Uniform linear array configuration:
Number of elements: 8
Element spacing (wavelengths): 0.75
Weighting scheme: blackman
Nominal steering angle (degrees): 60
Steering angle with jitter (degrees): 60.32
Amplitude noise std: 0.05
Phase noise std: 0.05

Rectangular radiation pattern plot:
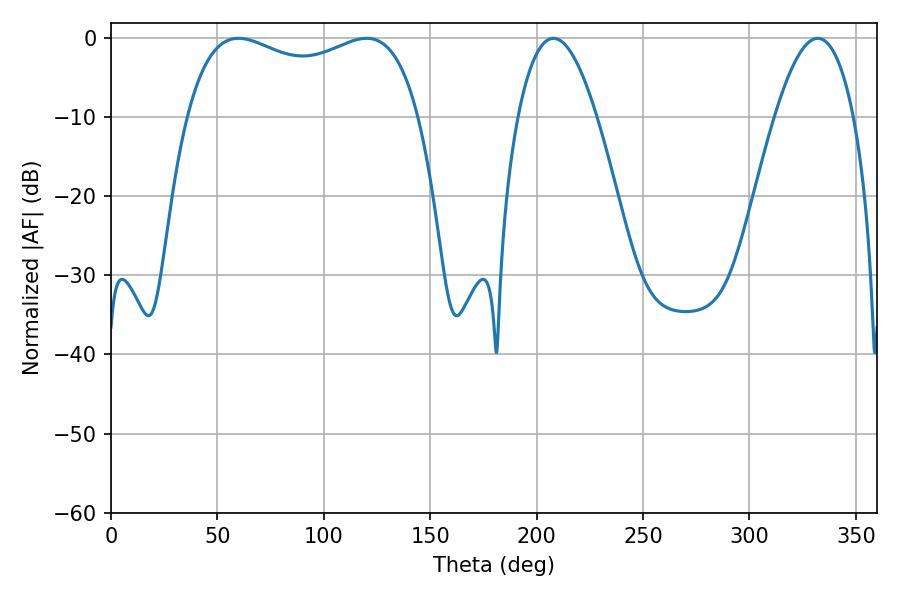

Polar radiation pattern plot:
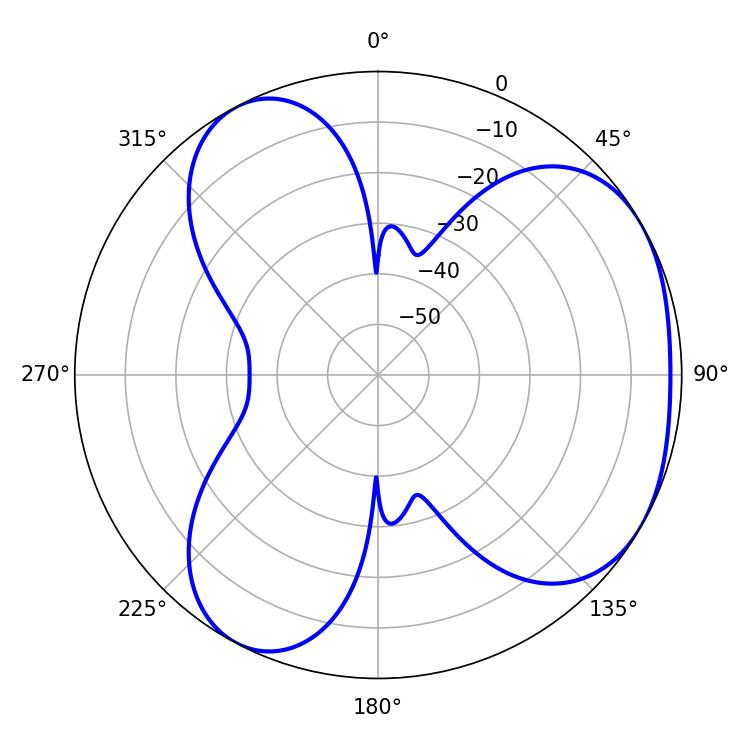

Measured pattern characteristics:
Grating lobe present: TRUE
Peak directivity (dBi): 3.917
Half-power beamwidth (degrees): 20.34
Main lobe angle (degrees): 207.9